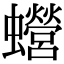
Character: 𧕍